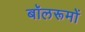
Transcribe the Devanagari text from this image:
बॉलरूमों